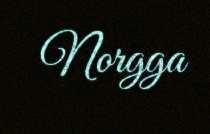
Norgga